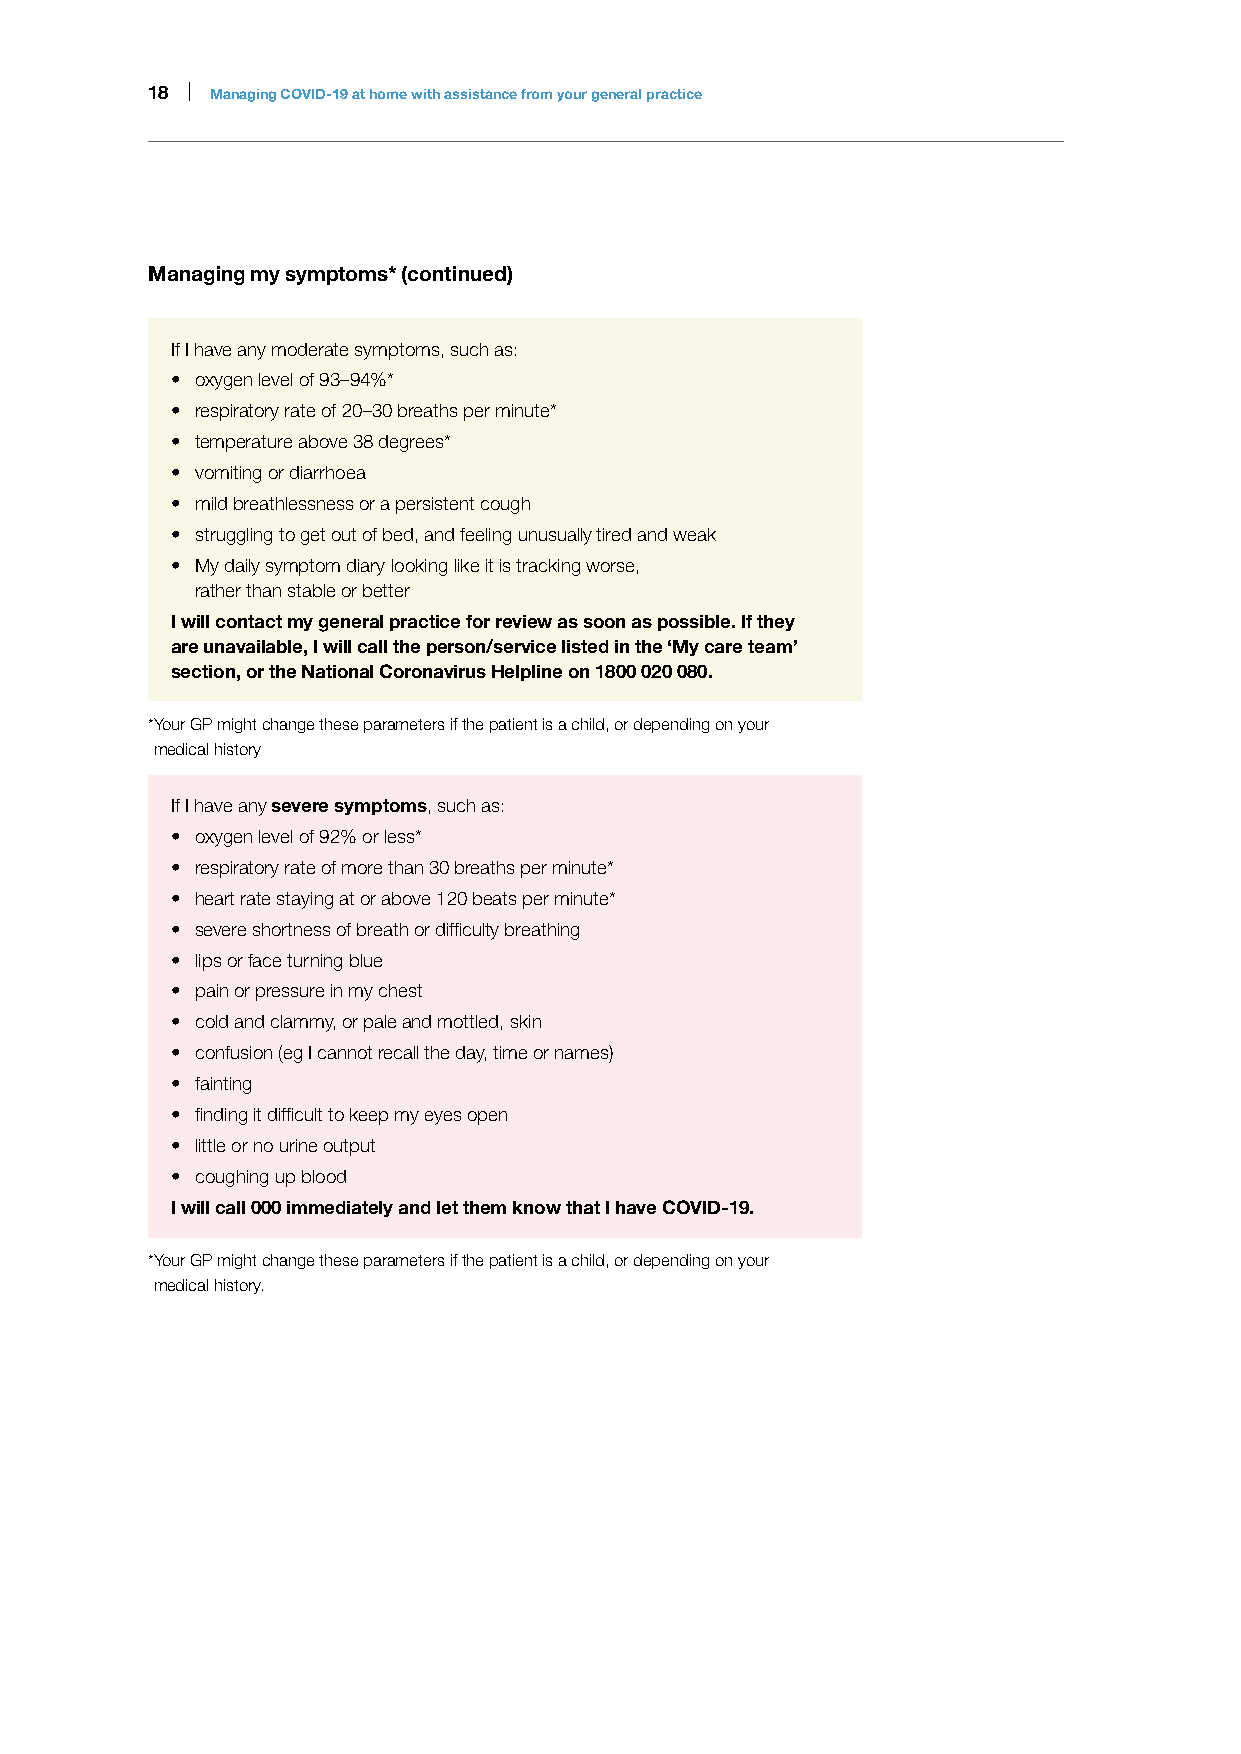
18 | Managing COVID-19 at home with assistance from your general practice
 Managing my symptoms* (continued)
 If I have any moderate symptoms, such as:
 • oxygen level of 93–94%*
 • respiratory rate of 20–30 breaths per minute*
 • temperature above 38 degrees*
 • vomiting or diarrhoea
 • mild breathlessness or a persistent cough
 • struggling to get out of bed, and feeling unusually tired and weak
 • My daily symptom diary looking like it is tracking worse,
 rather than stable or better
 I will contact my general practice for review as soon as possible. If they
 are unavailable, I will call the person/service listed in the ‘My care team’
 section, or the National Coronavirus Helpline on 1800 020 080.
 * Your GP might change these parameters if the patient is a child, or depending on your
 medical history
 If I have any severe symptoms, such as:
 • oxygen level of 92% or less*
 • respiratory rate of more than 30 breaths per minute*
 • heart rate staying at or above 120 beats per minute*
 • severe shortness of breath or difficulty breathing
 • lips or face turning blue
 • pain or pressure in my chest
 • cold and clammy, or pale and mottled, skin
 • confusion (eg I cannot recall the day, time or names)
 • fainting
 • finding it difficult to keep my eyes open
 • little or no urine output
 • coughing up blood
 I will call 000 immediately and let them know that I have COVID-19.
 * Your GP might change these parameters if the patient is a child, or depending on your
 medical history.